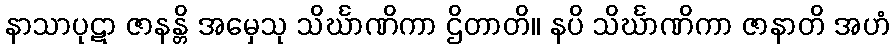
နာသာပုဋာ ဇာနန္တိ အမှေသု သိင်္ဃာဏိကာ ဌိတာတိ။ နပိ သိင်္ဃာဏိကာ ဇာနာတိ အဟံ